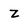
Character: z